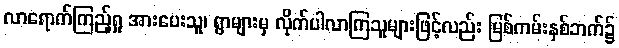
လာရောက်ကြည့်ရှု အားပေးသူ၊ ရွာများမှ လိုက်ပါလာကြသူများဖြင့်လည်း မြစ်ကမ်းနှစ်ဘက်၌